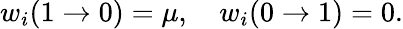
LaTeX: \begin{array}{r}{w_{i}(1\rightarrow 0)=\mu,\quad w_{i}(0\rightarrow 1)=0.}\end{array}